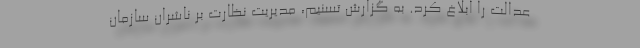
عدالت را ابلاغ کرد. به گزارش تسنیم، مدیریت نظارت بر ناشران سازمان